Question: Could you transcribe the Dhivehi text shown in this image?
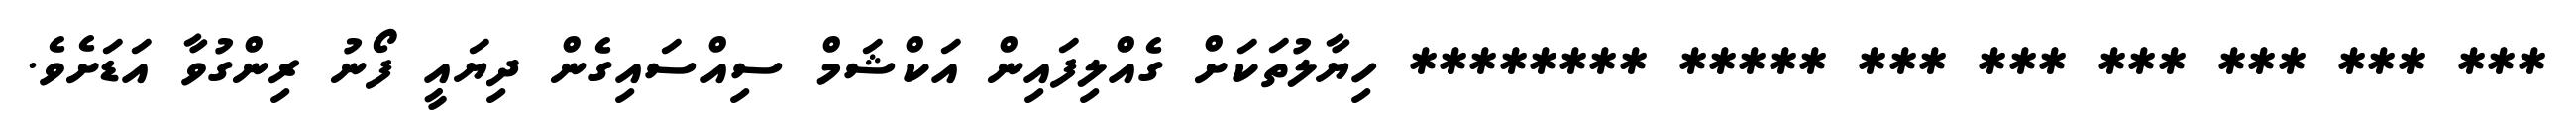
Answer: *** *** *** *** *** *** ***** ******** ހިޔާލުތަކަށް ގެއްލިފައިން އަކްޝަމް ސިއްސައިގެން ދިޔައީ ފޯނު ރިންގުވާ އަޑަށެވެ.